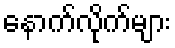
နောက်လိုက်များ